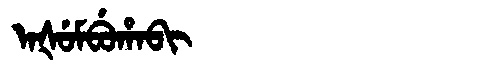
Manchu: ᠠᡧᡠᠮᠪᡠᡥᠠᠪᡳ
Romanization: AŠUMBUHABI